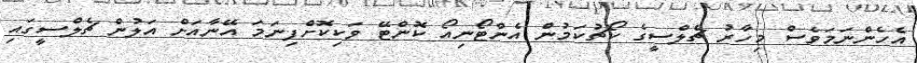
އެހެންނަމަވެސް މިހާރު ޗެލްސީގެ ކޯޗުކަމުން އެންޓޯނިއޯ ކޮންޓޭ ވަކިކޮށްފިނަމަ އޭނާއަށް އަލުން ޗެލްސީގައި